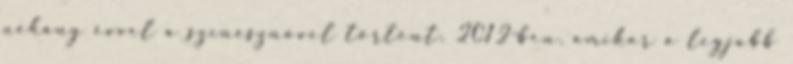
néhány évvel a színésznővel történt. 2012-ben, amikor a legjobb